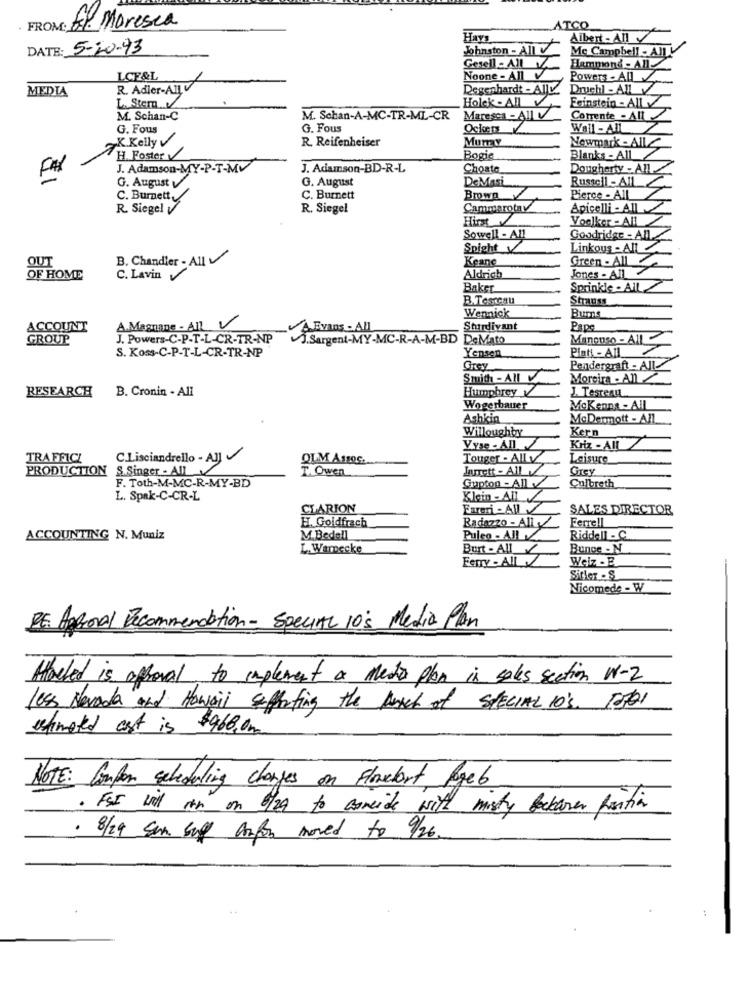
FROM: El. Moresca
ATCO
HAYS
Albert - An
DATE: 5-20-93
Johnston - All V
Mc Campbell - All
Gesell - All
Hammond - All
LCF&L
Noone - All
Powers - All
MEDIA
R. Adler-AIL V
Degenhardt - All
Druchl - All
L. Stem.V
Holek - All
Feinstein - All
M. Schan-C
M. Schan-A-MC-TR-ML-CR Maresca - All V
Corrente - All
G. Fous
G. Fous
Ockers
Wall - All
„K.Kelly
R. Reifenheiser
Mumy
Newmark - All
H. Foster V
Bogie
Blanks- All
FAX
J. Adamson-MY-P-T-MV
J. Adamson-BD-R-L
Choate
Dougherty - All
G. August V
G. August
DeMasi
Russell - AIL
C. Burnett
C. Burnett
Brown
Pierce - AIL
R. Siegel V
R. Siegel
Cammarota y
Apicelli - All
Hirse
Voelker - All
Sowell - All
Goodridge - All.
Spight
Linkous - All
OUT
B. Chandler - All
Keane
Green - All
Jones - All
OF HOME
C. Lavin
Aldrich
Baker
Sprinkle . All
B.Testcau
Strauss
Wennick
Burns
ACCOUNT
A.Magnane - All V
AEvans - ALL
Stuurdivant
Pape
GROUP
J. Powers-C-P-T-L-CR-TR-NP
. Sargent-MY-MC-R-A-M-BD DeMato
Mancuso - AII
S. Koss-C-P-T-L-CR-TR-NP
Yensen
Platt - All
Grey
Pendergraft - All
Smith - AI
Moreira - All
RESEARCH
B. Cronin - All
Humphrey V
J. TesTeau
Wogerbauer
MoKenne - All
Ashkin
McDermott - All
Willoughby
Kern
Vyse - All
Kriz - All
TRAFFICI
C.L.isciandrello - AJ
OLM ASSOC.
Touger . Ally
Leisure
PRODUCTION S.Singer - All
T. Owen
Jurett - All
Grey
F. Toth-M-MC-R-MY-BD
Gupton -Allv/
Culbreth
L. Spak-C-CR-L
Klein - All
CLARION
Eareri - All
SALES DIRECTOR
H. Goldfrach
Ferrell
Radazzo - Ally
ACCOUNTING N. Muniz
M.Bedell
Pulso - AI
Riddell - C
L. Warnecke
Burt - All_/
Bunce - N
Ferry - All
Welz . B
Sitler - S
Nicomede - W
DE Approval Recommendation - Special 10's Media Plan
Attached is approval to implement a medir plan in sales section W-2
less Nevada and Hawaii efterting the march of Special 10's Total
estimated ast is $968,0m
NOTE: Compon scheduling changes on Flowedort Page 6
· FSI wil ith on 6/29 to concide with misty beckaover position
· 8/24 San Suff Anton moved to 9/26.